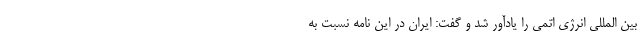
بین المللی انرژی اتمی را یادآور شد و گفت: ایران در این نامه نسبت به